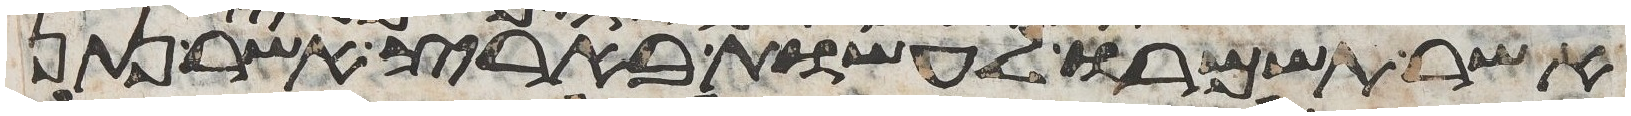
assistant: אשר תשמרו לעשות בארץ אשר נתן